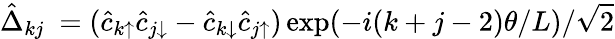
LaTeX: \hat{\Delta}_{kj}\ =(\hat{c}_{k\uparrow}\hat{c}_{j\downarrow}-\hat{c}_{k\downarrow}\hat{c}_{j\uparrow})\exp(-i(k+j-2)\theta/L)/\sqrt{2}